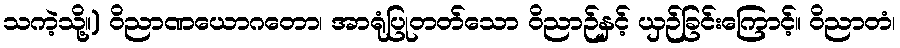
သကဲ့သို့။) ဝိညာဏယောဂတော၊ အာရုံပြုတတ်သော ဝိညာဉ်နှင့် ယှဉ်ခြင်းကြောင့်။ ဝိညာတံ၊